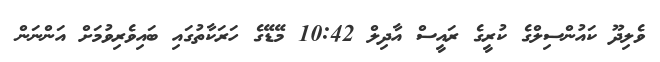
ވެލިދޫ ކައުންސިލްގެ ކުރީގެ ރައީސް އާދިލް 10:42 މޭޑޭގެ ހަރަކާތުގައި ބައިވެރިވުމަށް އަންނަން